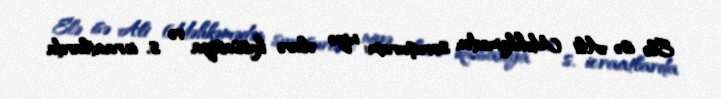
Elə isə Ali Məhkəmədən soruşuram: niyə əlavə kassasiya və s. icraatlarda